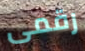
رقمى